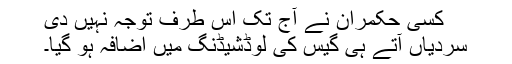
کسی حکمران نے آج تک اس طرف توجہ نہیں دی
سردیاں آتے ہی گیس کی لوڈشیڈنگ میں اضافہ ہو گیا۔